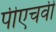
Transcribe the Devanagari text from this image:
पीएचवी